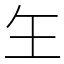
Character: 玍